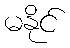
မနိုင်